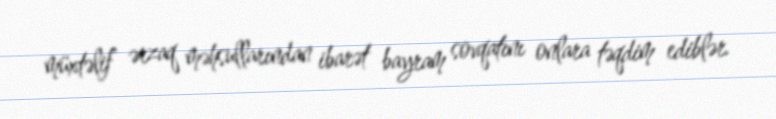
müxtəlif ərzaq məhsullarından ibarət bayram sovqatını onlara təqdim ediblər.